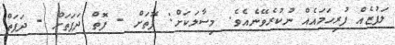
ލަފުޒެއް ފުރިހަމައެއް ނުކުރެވޭނެއެވެ. މިސާލަކަށް: ފޮތަށް - ފޮތް ދަފަތަށް - ދަފަތް